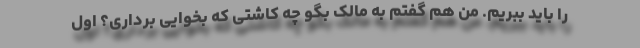
را باید ببریم. من هم گفتم به مالک بگو چه کاشتی که بخوایی برداری؟ اول